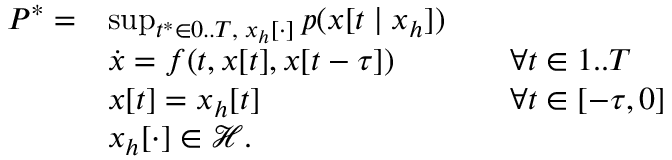
\begin{array} { r l r l } { P ^ { * } = } & { \operatorname* { s u p } _ { t ^ { * } \in 0 . . T , \; x _ { h } [ \cdot ] } p ( x [ t \mid x _ { h } ] ) } & \\ & { \dot { x } = f ( t , x [ t ] , x [ t - \tau ] ) } & & { \forall t \in 1 . . T } \\ & { x [ t ] = x _ { h } [ t ] } & & { \forall t \in [ - \tau , 0 ] } \\ & { x _ { h } [ \cdot ] \in \mathcal { H } . } \end{array}